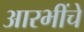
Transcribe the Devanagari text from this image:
आरभींचे